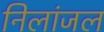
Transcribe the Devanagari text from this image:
निलांजल